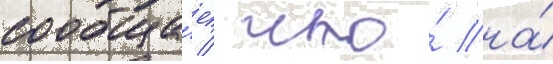
сообща́ет / что́ на́